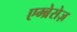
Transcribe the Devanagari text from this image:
एम्ब्रेसेज़